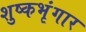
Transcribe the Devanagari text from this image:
शुष्कभृंगार